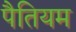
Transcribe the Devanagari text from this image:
पैतियम